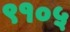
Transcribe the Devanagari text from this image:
९१०५